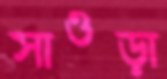
সাওড়া